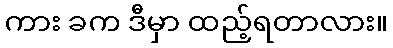
ကား ခက ဒီမှာ ထည့်ရတာလား။